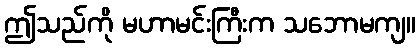
ဤသည်ကို မဟာမင်းကြီးက သဘောမကျ။